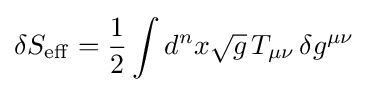
\delta S_{\rm {eff}}={\frac {1}{2}}\int d^{n}x{\sqrt {g}}\,T_{\mu \nu }\,\delta g^{\mu \nu }